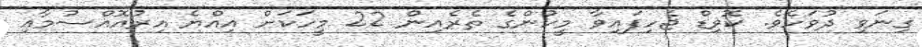
ގިނަވި ދުވަހެވެ. ކޮވިޑް ޖެހިފައިވާ މީހުންގެ ތެރެއިން 22 މީހަކަށް އިއްޔެ އިރުއޮއްސުމާއި